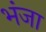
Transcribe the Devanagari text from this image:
भंजा